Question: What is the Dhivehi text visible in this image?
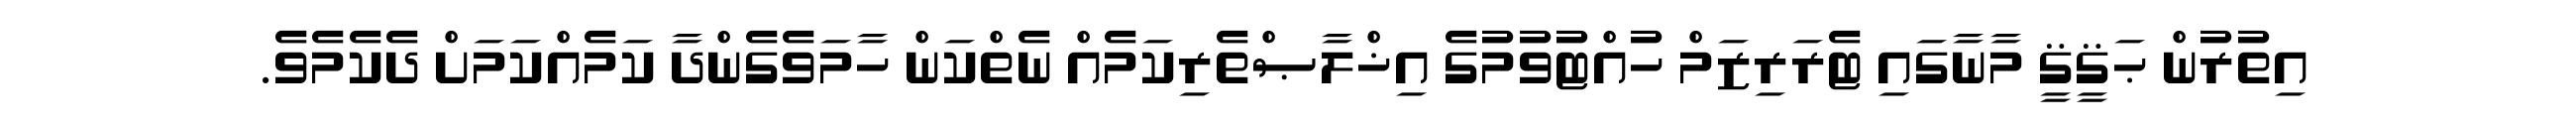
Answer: އިތުރުން ޙަޤީޤީ މާނާގައި ޓެރަރިޒަމް ހުއްޓުވުމުގެ އިޚްލާޞްތެރިކަމެއް ނެތްކަން ހާމަވެގެންދާ ކަމެއްކަމަށް ދެކެމެވެ.